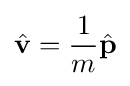
{\hat {\mathbf {v} }}={\frac {1}{m}}{\hat {\mathbf {p} }}